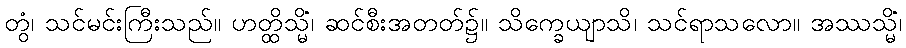
တွံ၊ သင်မင်းကြီးသည်။ ဟတ္ထိသ္မိံ၊ ဆင်စီးအတတ်၌။ သိက္ခေယျာသိ၊ သင်ရာသလော။ အဿသ္မိံ၊